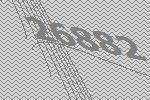
26882